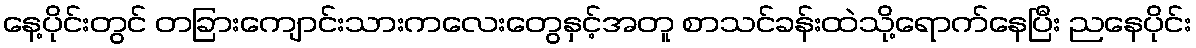
နေ့ပိုင်းတွင် တခြားကျောင်းသားကလေးတွေနှင့်အတူ စာသင်ခန်းထဲသို့ရောက်နေပြီး ညနေပိုင်း